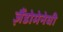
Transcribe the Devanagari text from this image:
ज़ैंडोमेनेघी